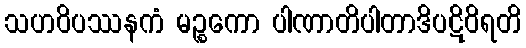
သဟဝိပဿနကံ မဉ္စကော ပါဏာတိပါတာဒိပဋိဝိရတိ